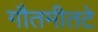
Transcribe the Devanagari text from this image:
गौतमीतटे